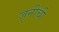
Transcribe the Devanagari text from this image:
जूनीची